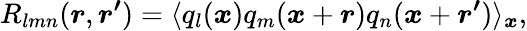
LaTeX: R_{lmn}(\boldsymbol{r},\boldsymbol{r^{\prime}})=\langle q_{l}(\boldsymbol{x})q_{m}(\boldsymbol{x}+\boldsymbol{r})q_{n}(\boldsymbol{x}+\boldsymbol{r^{\prime}})\rangle_{\boldsymbol{x}},